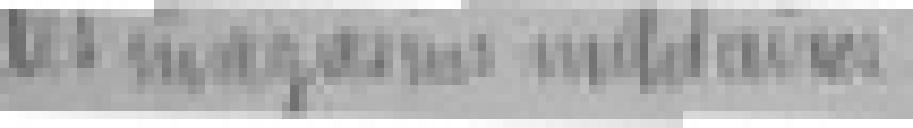
les magasins militaires